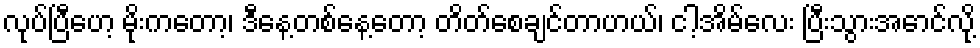
လုပ်ပြီဟေ့ မိုးကတော့၊ ဒီနေ့တစ်နေ့တော့ တိတ်စေချင်တာဟယ်၊ ငါ့အိမ်လေး ပြီးသွားအောင်လို့